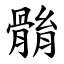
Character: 䯚